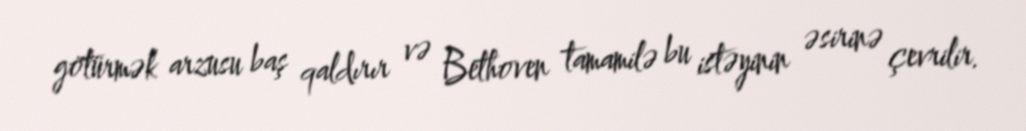
götürmək arzusu baş qaldırır və Bethoven tamamilə bu istəyinin əsirinə çevrilir.